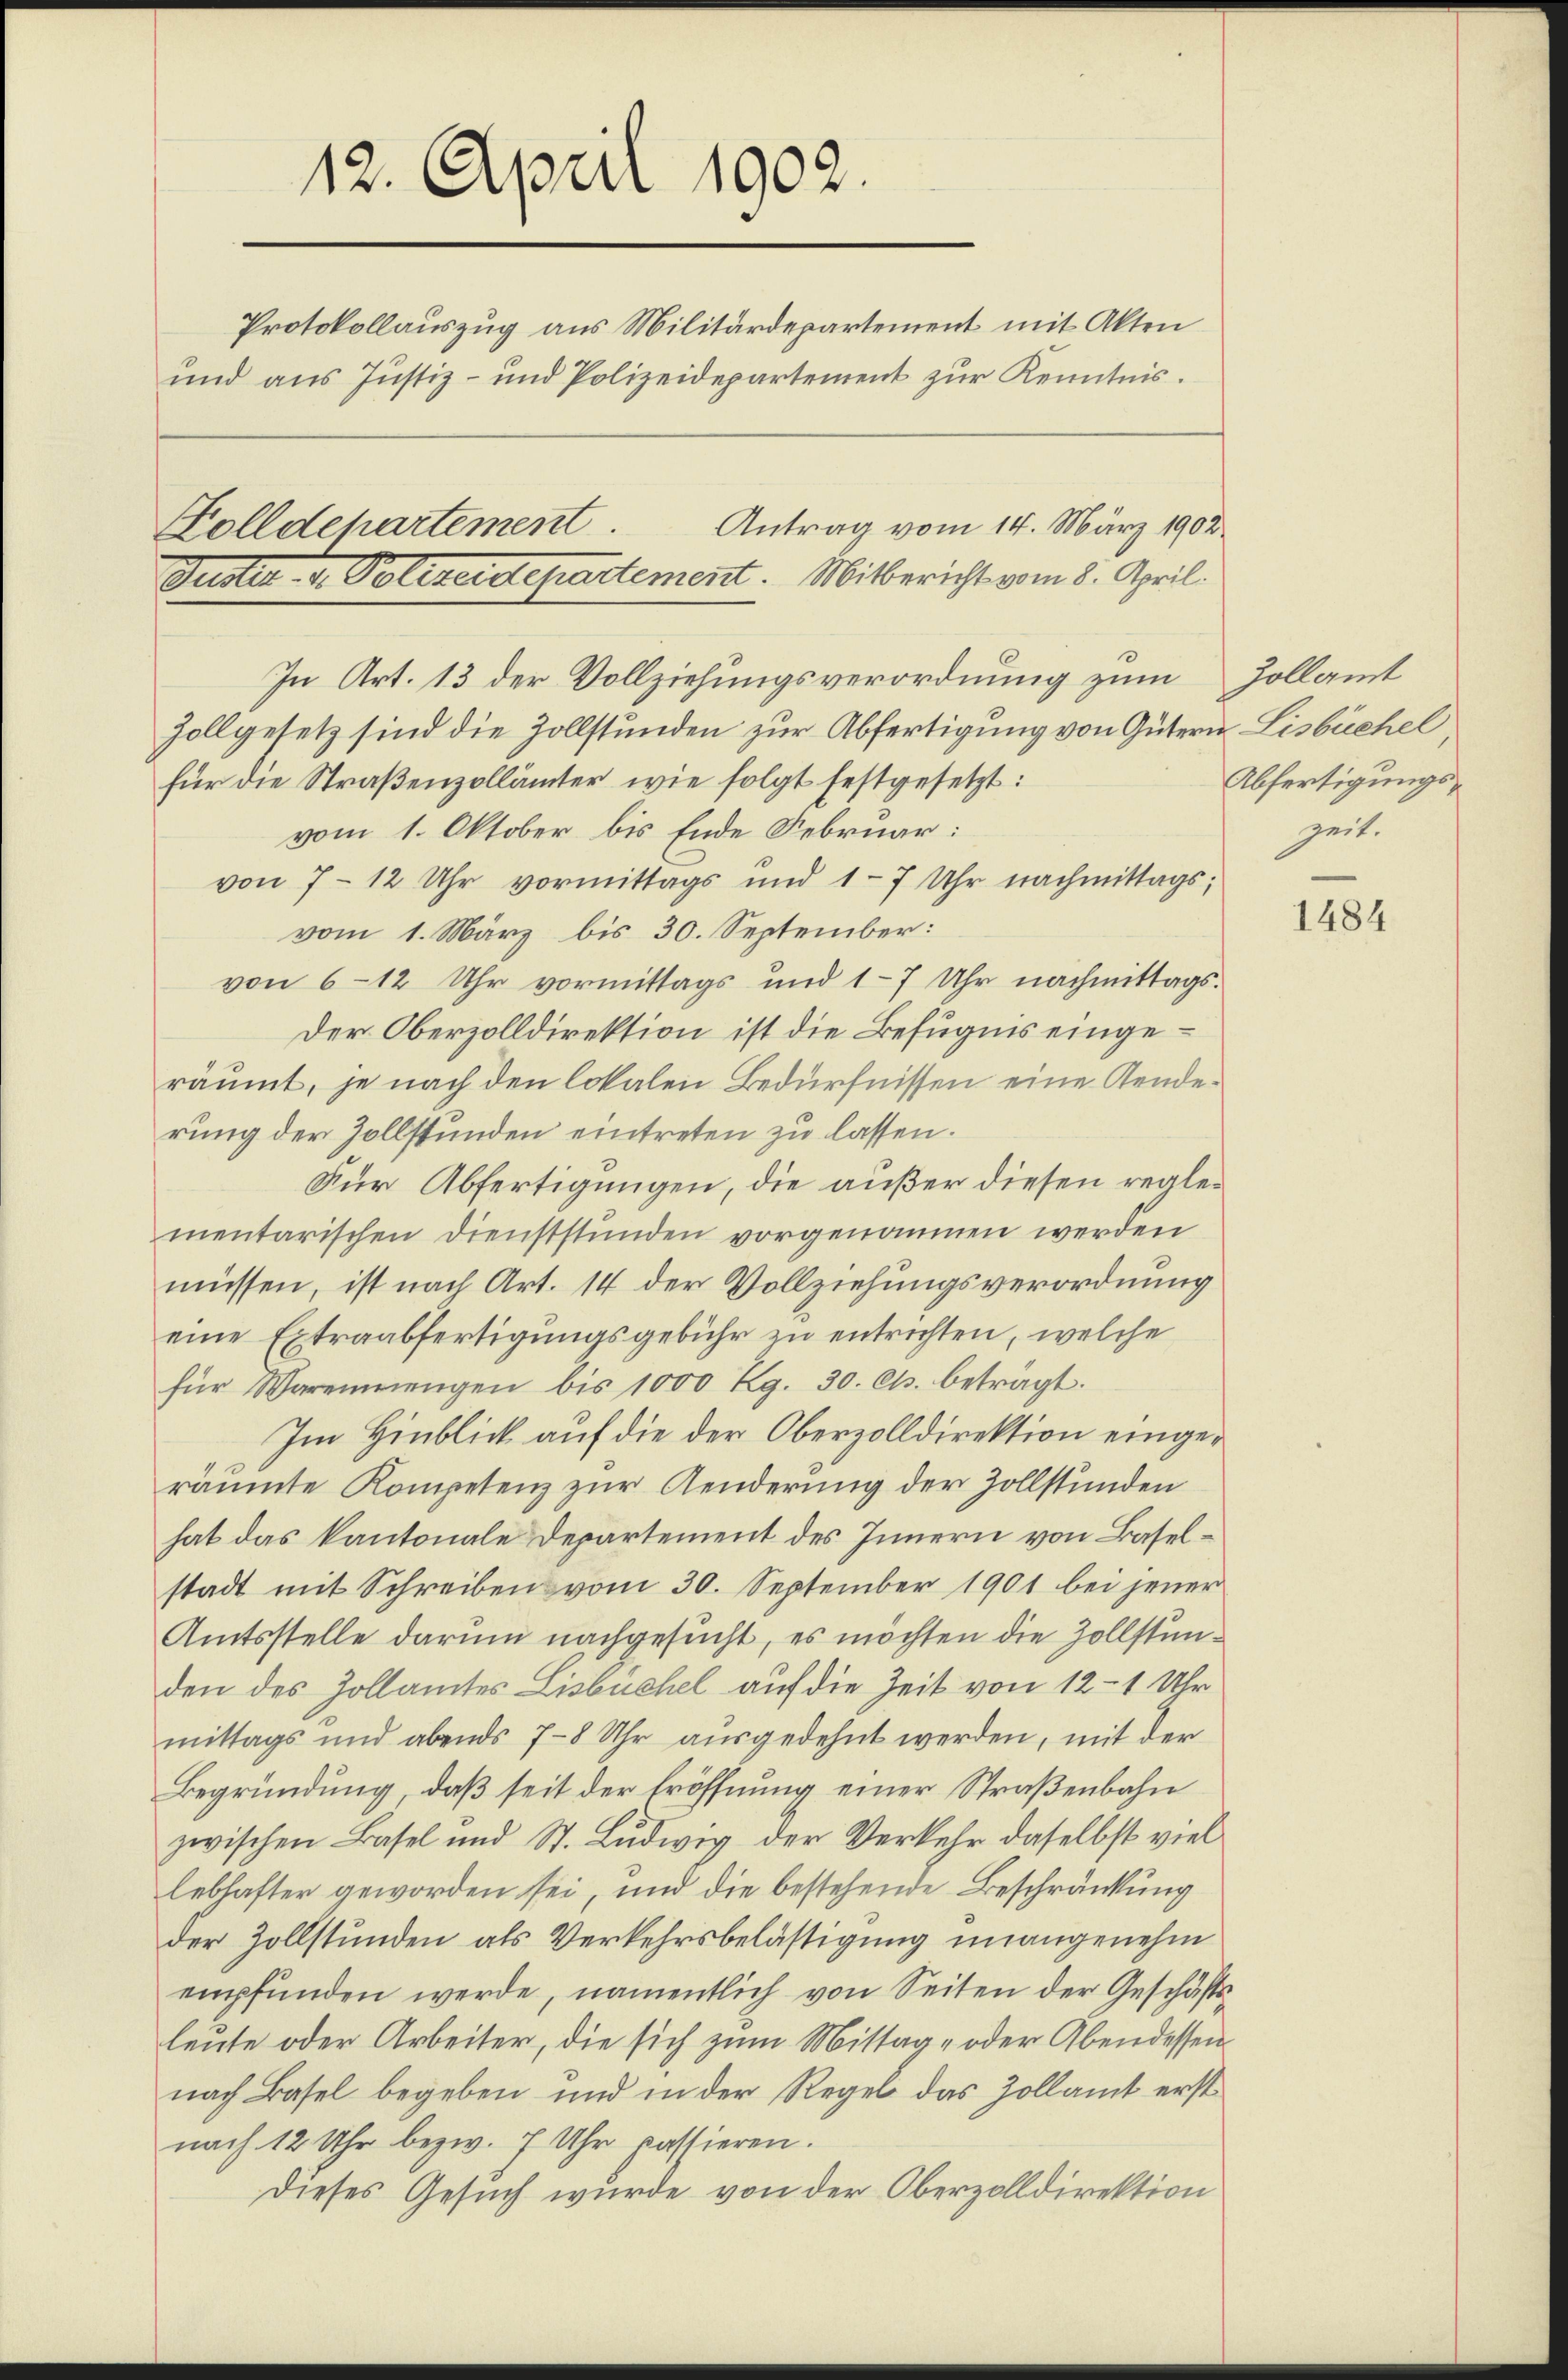
12. April 1902.
Protokollauszug aus Militärdepartement mit Akten
ŭnd ans Justiz- und Polizeidepartement zŭr Kenntnis.

Antrag vom 14. März 1902.
Zolldepartement
Puster v. Polizeidepartement. Mitbericht vom 8. April.

In Art. 13 der Vollziehungsverordnung zum Zollamt
Zollgesetz sind die Zollstunden zur Abfertigung von Gütern Lisbüchel
für die Straßenzollämter wie folgt festgesetzt:
vom 1. Oktober bis Ende Februar:
von 7 - 12 Uhr vormittags und 1-7 Uhr nachmittags;
vom 1. März bis 30. September:
von 6 - 12 Uhr vormittags und 1-7 Uhr nachmittags¬
Der Oberzolldirektion ist die Befugnis eingeräumt, je nach den lokalen Bedürfnissen eine Aenderung der Zollstunden eintreten zu lassen.
Für Abfertigungen, die außer diesen reglementarischen Dienststunden vorgenommen werden
müssen, ist nach Art. 14 der Vollziehungsverordnung
eine Extraabfertigungsgebühr zu entrichten, welche
für Warennengen bis 1000 Kg. 30. Cts. betragt.
Im Hinblick auf die der Oberzolldirektion eingeräumte Kompetenz zur Aenderung der Zollstunden
hat das kantonale Departement des Innern von Baselstadt mit Schreiben vom 30. September 1901 bei jener
Amtsstelle darum nachgesucht, es möchten die Zollstunden des Zollamtes Lisbüchel auf die Zeit von 12 - 1 Uhr
mittags und abends 7-8 Uhr ausgedehnt werden, mit der
Begründung, daß seit der Eröffnung einer Straßenbahn
zwischen Basel und St. Ludwig der Verkehr daselbst viel
lebhafter geworden sei, und die bestehende Beschränkung
der Zollstunden als Verkehrsbelästigung unangenehm
empfunden werde, namentlich von Seiten der Geschäfts-
leŭte oder Arbeiter, die sich zum Mittag- oder Abendessen
nach Basel begeben und in der Regel das Zollamt erst
nach 12 Uhr bezw. 7 Uhr passieren.
Dieses Gesuch wurde von der Oberzolldirektion

Abfertigungszeit.

1484